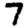
Digit: 7